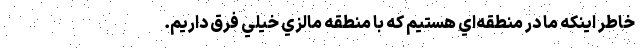
خاطر اينكه ما در منطقه‌اي هستيم كه با منطقه مالزي خيلي فرق داريم.